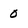
Character: 0